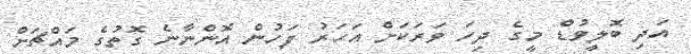
އަދި ބޮލީވުޑް މީގެ ދިހަ ވަރަކަށް އަހަރު ފަހުން އޮންނާނެ ގޮތުގެ މައްޗަށް